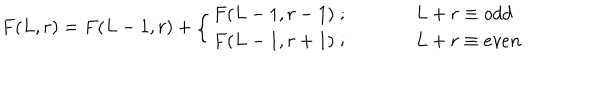
F ( L , r ) = F ( L - 1 , r ) + \left\{ \begin{array} { c l } { { F ( L - 1 , r - 1 ) \; ; } } & { { \; L + r \equiv o d d } } \\ { { F ( L - 1 , r + 1 ) \; ; } } & { { \; L + r \equiv e v e n } } \\ \end{array} \right.